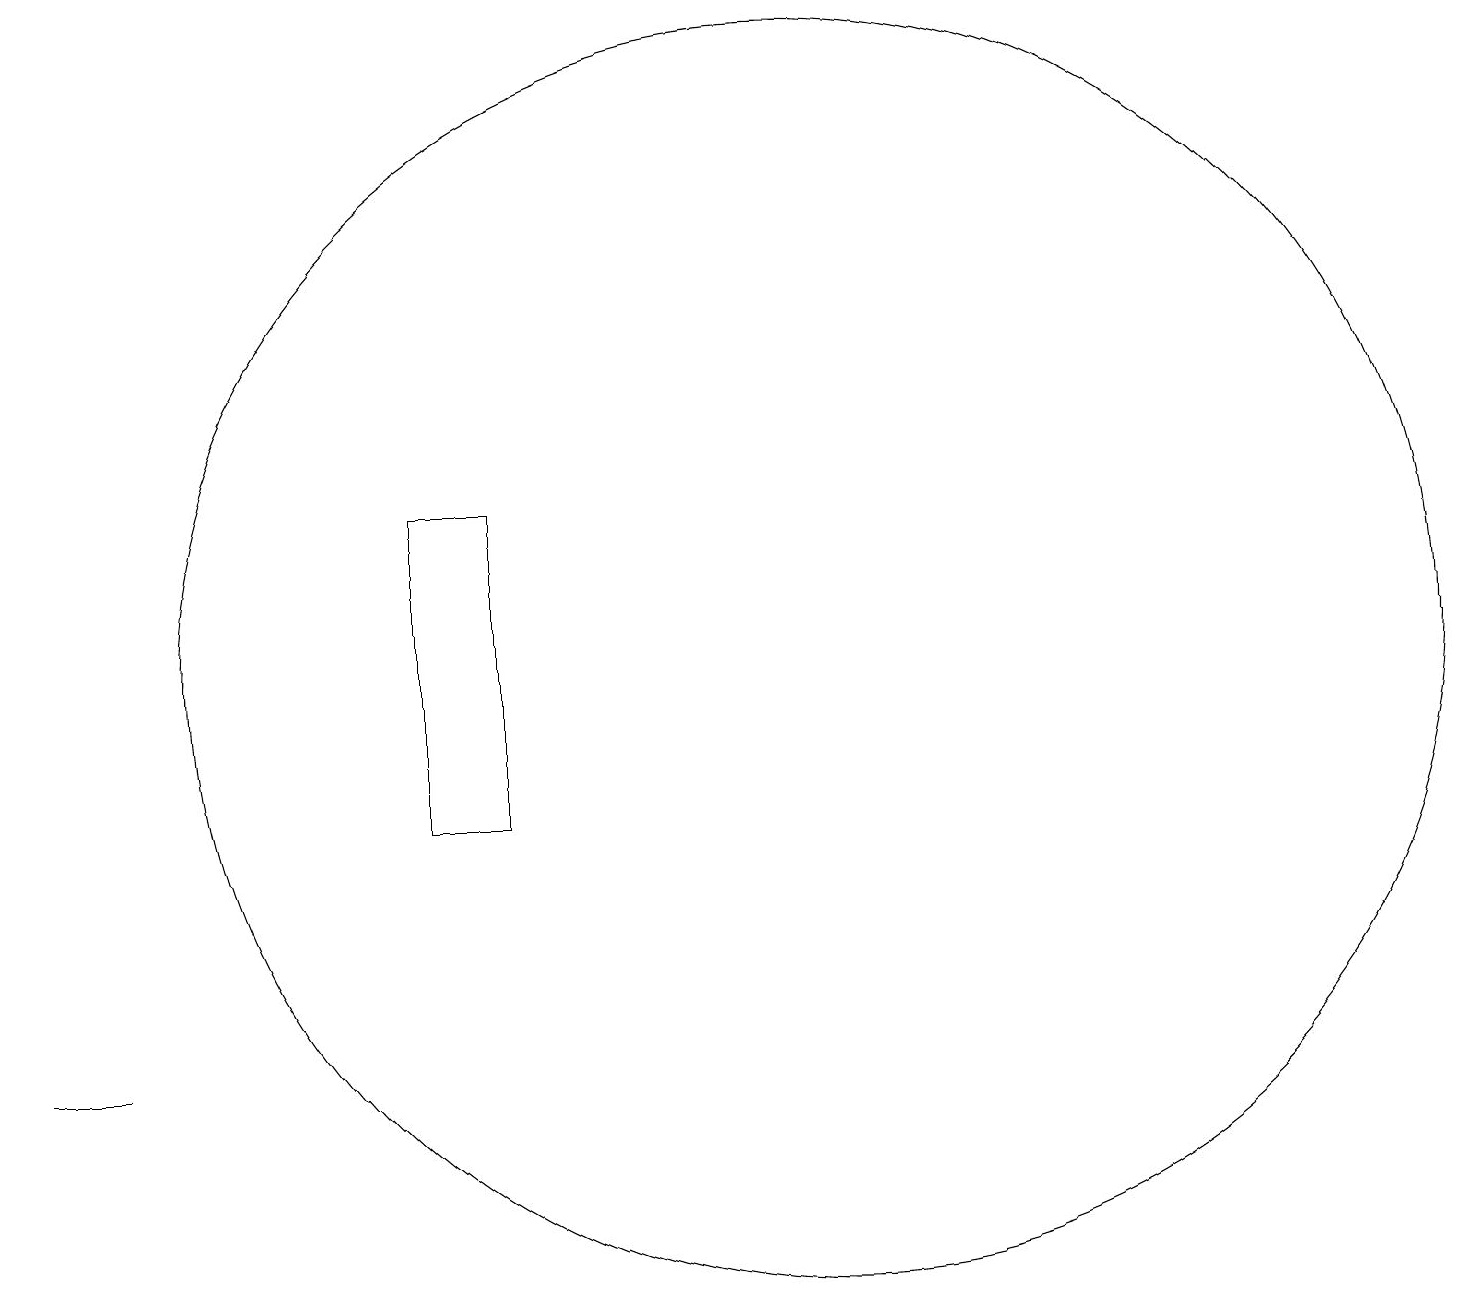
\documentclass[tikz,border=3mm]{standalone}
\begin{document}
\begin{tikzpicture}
\draw (10,12) circle (8);
\draw (6,14) rectangle (5,10);
\draw (1,7) -- (1,7) -- (0,7) -- cycle;
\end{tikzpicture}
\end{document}